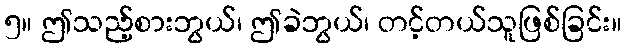
၅။ ဤသည့်စားဘွယ်၊ ဤခဲဘွယ်၊ တင့်တယ်သူဖြစ်ခြင်း။